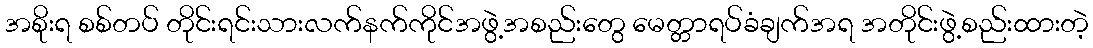
အစိုးရ စစ်တပ် တိုင်းရင်းသားလက်နက်ကိုင်အဖွဲ့အစည်းတွေ မေတ္တာရပ်ခံချက်အရ အတိုင်းဖွဲ့စည်းထားတဲ့